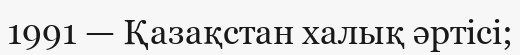
1991 — Қазақстан халық әртісі;